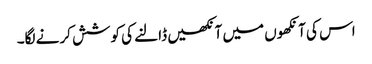
اس کی آنکھوں میں آنکھیں ڈالنے کی کوشش کرنے لگا۔